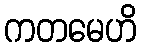
ကတမေဟိ